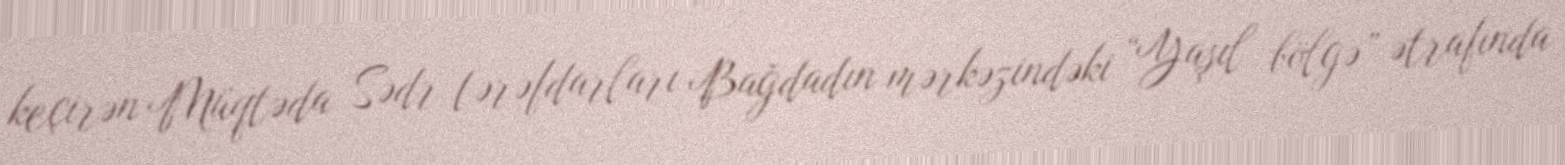
keçirən Müqtəda Sədr tərəfdarları Bağdadın mərkəzindəki “Yaşıl bölgə” ətrafında